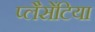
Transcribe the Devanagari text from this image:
प्लैसेंटिया